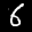
Label: 6